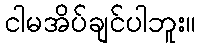
ငါမအိပ်ချင်ပါဘူး။